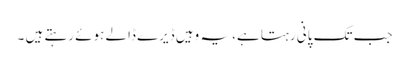
جب تک پانی رہتا ہے، یہ وہیں ڈیرے ڈالے ہوئے رہتے ہیں ۔